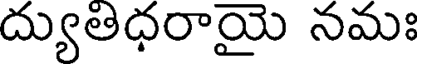
ద్యుతిధరాయై నమః